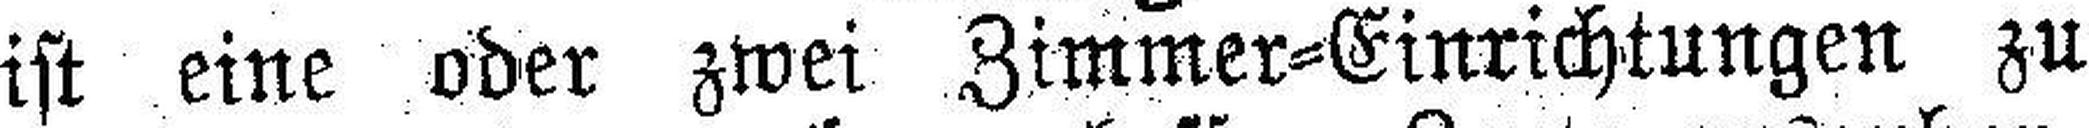
ist eine oder zwei Zimmer=Einrichtungen zu